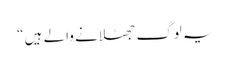
یہ لوگ جھٹلانے والے ہیں “